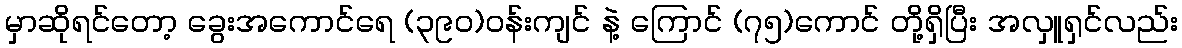
မှာဆိုရင်တော့ ခွေးအကောင်ရေ (၃၉၀)ဝန်းကျင် နဲ့ ကြောင် (၇၅)ကောင် တို့ရှိပြီး အလှူရှင်လည်း